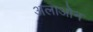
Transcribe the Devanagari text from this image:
अलाओन